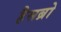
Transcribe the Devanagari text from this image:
हैसब्रो